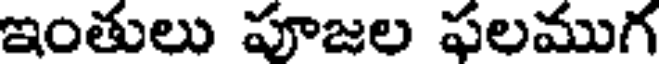
ఇంతులు పూజల ఫలముగ